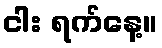
ငါး ရက်နေ့။